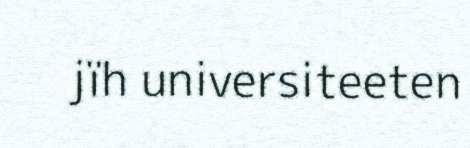
jïh universiteeten